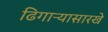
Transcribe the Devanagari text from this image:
ढिगाऱ्यासारखे